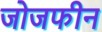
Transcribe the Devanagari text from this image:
जोजफीन